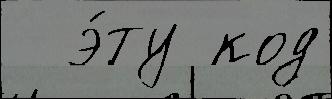
  э́ту код